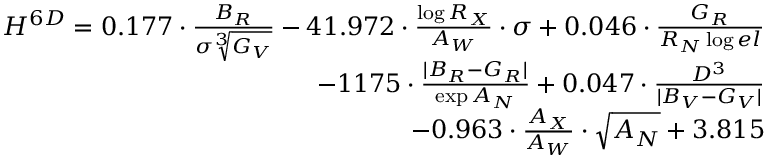
\begin{array} { r } { { H ^ { 6 D } = 0 . 1 7 7 \cdot \frac { B _ { R } } { \sigma \sqrt [ 3 ] { G _ { V } } } - 4 1 . 9 7 2 \cdot \frac { \log { R _ { X } } } { A _ { W } } \cdot \sigma + 0 . 0 4 6 \cdot \frac { G _ { R } } { R _ { N } \log { e l } } } } \\ { { - 1 1 7 5 \cdot \frac { | B _ { R } - G _ { R } | } { \exp { A _ { N } } } + 0 . 0 4 7 \cdot \frac { D ^ { 3 } } { | B _ { V } - G _ { V } | } } } \\ { { - 0 . 9 6 3 \cdot \frac { A _ { X } } { A _ { W } } \cdot \sqrt { A _ { N } } + 3 . 8 1 5 } } \end{array}